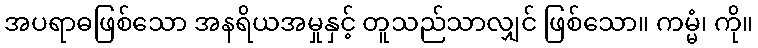
အပရာဓဖြစ်သော အနရိယအမှုနှင့် တူသည်သာလျှင် ဖြစ်သော။ ကမ္မံ၊ ကို။